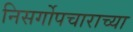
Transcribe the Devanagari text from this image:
निसर्गोपचाराच्या